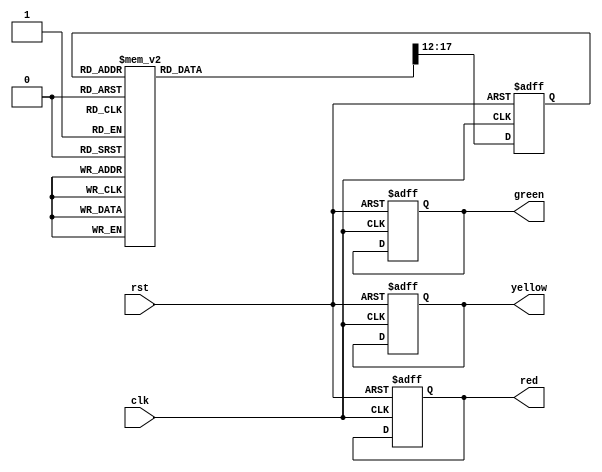
module tlc(red, yellow, green, clk, rst);

input clk, rst;
output reg [0:3] red, yellow, green;

reg [0:5] pstate, nstate;

always @ (posedge clk or negedge rst)
begin
	if (!rst)
	begin
		red = 4'b1111;
		yellow = 4'b0000;
		green = 4'b0000;
		pstate = 6'b000000;
	end
	else
	begin
        pstate = nstate;
	end
end

always @ (pstate)
begin
    case (pstate)
        6'b000000 : begin                                   //0sec
                        red = 4'b1010;
                        yellow = 4'b0000;
                        green = 4'b0101;
                        nstate = 6'b000001;
                    end
        6'b000001 : begin                                   //5sec
                        red = 4'b1010;
                        yellow = 4'b0000;
                        green = 4'b0101;
                        nstate = 6'b000010;
                    end
        6'b000010 : begin                                   //10sec
                        red = 4'b1010;
                        yellow = 4'b0000;
                        green = 4'b0101;
                        nstate = 6'b000011;
                    end
        6'b000011 : begin                                   //15sec
                        red = 4'b1010;
                        yellow = 4'b0000;
                        green = 4'b0101;
                        nstate = 6'b000100;
                    end
        6'b000100 : begin                                     //20sec
                        red = 4'b1010;
                        yellow = 4'b0000;
                        green = 4'b0101;
                        nstate = 6'b000101;
                    end
        6'b000101 : begin                                     //25sec
                        red = 4'b1010;
                        yellow = 4'b0000;
                        green = 4'b0101;
                        nstate = 6'b000110;
                    end
        6'b000110 : begin                                   //30sec
                        red = 4'b1010;
                        yellow = 4'b0000;
                        green = 4'b0101;
                        nstate = 6'b000111;
                    end
        6'b000111 : begin                                   //35sec
                        red = 4'b1010;
                        yellow = 4'b0000;
                        green = 4'b0101;
                        nstate = 6'b001000;
                    end
        6'b001000 : begin                                   //40sec
                        red = 4'b1010;
                        yellow = 4'b0000;
                        green = 4'b0101;
                        nstate = 6'b001001;
                    end
        6'b001001 : begin                                   //45sec
                        red = 4'b1010;
                        yellow = 4'b0000;
                        green = 4'b0101;
                        nstate = 6'b001010;
                    end
        6'b001010 : begin                                   //50sec
                        red = 4'b1010;
                        yellow = 4'b0000;
                        green = 4'b0101;
                        nstate = 6'b001011;
                    end
        6'b001011 : begin                                   //55sec
                        red = 4'b1010;
                        yellow = 4'b0000;
                        green = 4'b0101;
                        nstate = 6'b001100;
                    end
        6'b001100 : begin                                   //1min
                        red = 4'b1010;
                        yellow = 4'b0000;
                        green = 4'b0101;
                        nstate = 6'b001101;
                    end
        6'b001101 : begin                                   //1min 5sec
                        red = 4'b1010;
                        yellow = 4'b0000;
                        green = 4'b0101;
                        nstate = 6'b001110;
                    end
                    
        6'b001110 : begin                                   //1min 10sec
                        red = 4'b1010;
                        yellow = 4'b0001;
                        green = 4'b0100;
                        nstate = 6'b001111;
                    end
        
        6'b001111 : begin                                   //1min 15sec
                        red = 4'b1001;
                        yellow = 4'b0000;
                        green = 4'b0110;
                        nstate = 6'b010000;
                    end
        6'b010000 : begin                                   //1min 20sec
                        red = 4'b1001;
                        yellow = 4'b0000;
                        green = 4'b0110;
                        nstate = 6'b010001;
                    end
                    
        6'b010001 : begin                                   //1min 25sec
                        red = 4'b1001;
                        yellow = 4'b0100;
                        green = 4'b0010;
                        nstate = 6'b010010;
                    end
        
        6'b010010 : begin                                   //1min 30sec
                        red = 4'b0101;
                        yellow = 4'b0000;
                        green = 4'b1010;
                        nstate = 6'b010011;
                    end
        6'b010011 : begin                                   //1min 35sec
                        red = 4'b0101;
                        yellow = 4'b0000;
                        green = 4'b1010;
                        nstate = 6'b010100;
                    end
        6'b010100 : begin                                   //1min 40sec
                        red = 4'b0101;
                        yellow = 4'b0000;
                        green = 4'b1010;
                        nstate = 6'b010101;
                    end
        6'b010101 : begin                                   //1min 45sec
                        red = 4'b0101;
                        yellow = 4'b0000;
                        green = 4'b1010;
                        nstate = 6'b010110;
                    end
        6'b010110 : begin                                   //1min 50sec
                        red = 4'b0101;
                        yellow = 4'b0000;
                        green = 4'b1010;
                        nstate = 6'b010111;
                    end
        6'b010111 : begin                                   //1min 55sec
                        red = 4'b0101;
                        yellow = 4'b0000;
                        green = 4'b1010;
                        nstate = 6'b011000;
                    end
        6'b011000 : begin                                   //2min 00sec
                        red = 4'b0101;
                        yellow = 4'b0000;
                        green = 4'b1010;
                        nstate = 6'b011001;
                    end
        6'b011001 : begin                                   //2min 5sec
                        red = 4'b0101;
                        yellow = 4'b0000;
                        green = 4'b1010;
                        nstate = 6'b011010;
                    end
        6'b011010 : begin                                   //2min 10sec
                        red = 4'b0101;
                        yellow = 4'b0000;
                        green = 4'b1010;
                        nstate = 6'b011011;
                    end
        6'b011011 : begin                                   //2min 15sec
                        red = 4'b0101;
                        yellow = 4'b0000;
                        green = 4'b1010;
                        nstate = 6'b011100;
                    end
        6'b011100 : begin                                   //2min 20sec
                        red = 4'b0101;
                        yellow = 4'b0000;
                        green = 4'b1010;
                        nstate = 6'b011101;
                    end
        6'b011101 : begin                                   //2min 25sec
                        red = 4'b0101;
                        yellow = 4'b0000;
                        green = 4'b1010;
                        nstate = 6'b011110;
                    end
        6'b011110 : begin                                   //2min 30sec
                        red = 4'b0101;
                        yellow = 4'b0000;
                        green = 4'b1010;
                        nstate = 6'b011111;
                    end
        6'b011111 : begin                                   //2min 35sec
                        red = 4'b0101;
                        yellow = 4'b0000;
                        green = 4'b1010;
                        nstate = 6'b100000;
                    end
                    
        6'b100000 : begin                                   //2min 40sec
                        red = 4'b0101;
                        yellow = 4'b1000;
                        green = 4'b0010;
                        nstate = 6'b100001;
                    end
                    
        6'b100001 : begin                                   //2min 45sec
                        red = 4'b1001;
                        yellow = 4'b0000;
                        green = 4'b0110;
                        nstate = 6'b100010;
                    end
        6'b100010 : begin                                   //2min 50sec
                        red = 4'b1001;
                        yellow = 4'b0000;
                        green = 4'b0110;
                        nstate = 6'b100011;
                    end
                    
        6'b100011 : begin                                   //2min 55sec
                        red = 4'b1001;
                        yellow = 4'b0010;
                        green = 4'b0100;
                        nstate = 6'b000000;
                    end
        
        default : begin
                        red = 4'b1111;
                        yellow = 4'b0000;
                        green = 4'b0000;
                        nstate = 6'b000000;
                  end
    endcase
end

endmodule